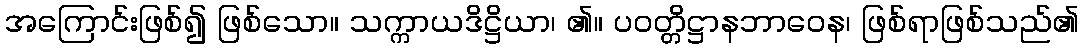
အကြောင်းဖြစ်၍ ဖြစ်သော။ သက္ကာယဒိဋ္ဌိယာ၊ ၏။ ပဝတ္တိဋ္ဌာနဘာဝေန၊ ဖြစ်ရာဖြစ်သည်၏